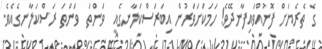
ގެ ތެރެޔަށް ފޮނުއްވައިފާނދޭވެ! ހަމަކަށަވަރުން އިބަރަސްކަލާނގެއީ  ވަންތަ  ވަންތަ ރަސްކަލާނގެއެވެ.